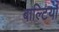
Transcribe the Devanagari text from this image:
बाल्टियाँ